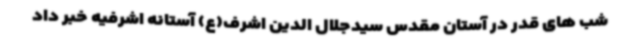
شب های قدر در آستان مقدس سیدجلال الدین اشرف(ع) آستانه اشرفیه خبر داد